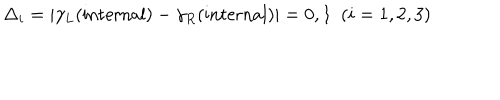
\Delta _ { i } = \vert \gamma _ { L } ( \mathrm { i n t e r n a l } ) - \gamma _ { R } ( \mathrm { i n t e r n a l } ) \vert = 0 , 1 ~ ~ ( i = 1 , 2 , 3 )